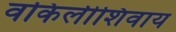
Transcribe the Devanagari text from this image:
वकिलीशिवाय